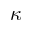
\kappa